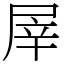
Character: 屖